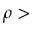
\rho >